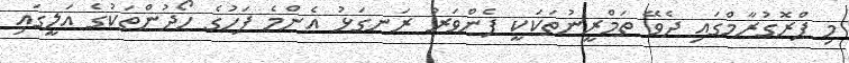
މި ޕްރޮގުރާމްގައި ދެވޭ ތަމްރީނުތަކަކީ ފެންވަރު ރަނގަޅު އެންމެ ފަހުގެ ހޯދުންތަކުގެ އަލީގައި